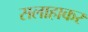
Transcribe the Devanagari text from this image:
सलाहाकर